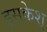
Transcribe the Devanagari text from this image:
इसकेश्